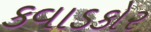
કવાડકોર